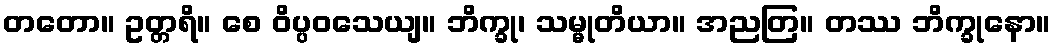
တတော။ ဥတ္တရိ။ စေ ဝိပ္ပဝသေယျ။ ဘိက္ခု၊ သမ္မုတိယာ။ အညတြ။ တဿ ဘိက္ခုနော။